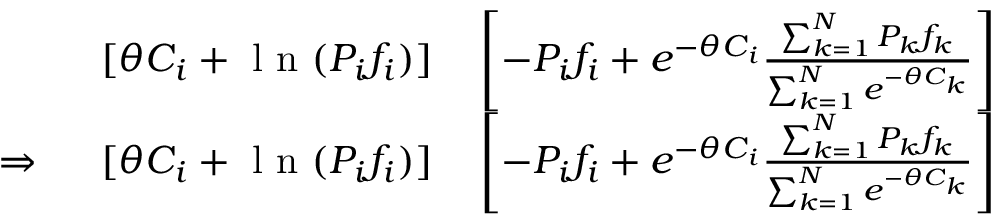
\begin{array} { r l } { [ \theta C _ { i } + \mathrm { ~ l ~ n ~ } ( P _ { i } f _ { i } ) ] } & { { } \left[ - P _ { i } f _ { i } + e ^ { - \theta C _ { i } } \frac { \sum _ { k = 1 } ^ { N } P _ { k } f _ { k } } { \sum _ { k = 1 } ^ { N } e ^ { - \theta C _ { k } } } \right] } \\ { \Rightarrow \ \ \ \ [ \theta C _ { i } + \mathrm { ~ l ~ n ~ } ( P _ { i } f _ { i } ) ] } & { { } \left[ - P _ { i } f _ { i } + e ^ { - \theta C _ { i } } \frac { \sum _ { k = 1 } ^ { N } P _ { k } f _ { k } } { \sum _ { k = 1 } ^ { N } e ^ { - \theta C _ { k } } } \right] } \end{array}